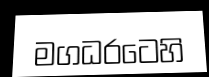
මගධරටෙහි